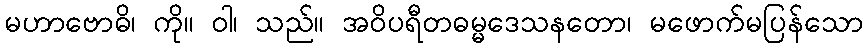
မဟာဗောဓိ၊ ကို။ ဝါ၊ သည်။ အဝိပရီတဓမ္မဒေသနတော၊ မဖောက်မပြန်သော